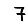
Digit: 7